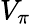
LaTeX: V_{\pi}